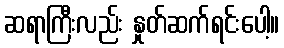
ဆရာကြီးလည်း နှုတ်ဆက်ရင်းပေါ့။